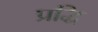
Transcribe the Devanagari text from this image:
प्रद्धि